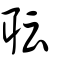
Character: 耺